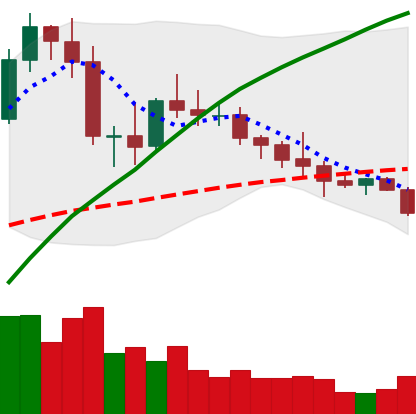
Ticker: NEO-USD
Chart end date: 2020-10-06
Forward return: 7.381%
Label: up_7plus